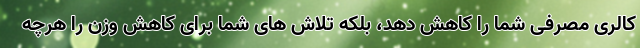
کالری مصرفی شما را کاهش دهد، بلکه تلاش های شما برای کاهش وزن را هرچه